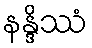
နန္ဒိဿံ